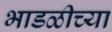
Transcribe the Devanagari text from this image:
भाडळीच्या